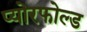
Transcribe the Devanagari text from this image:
प्योरफोल्ड